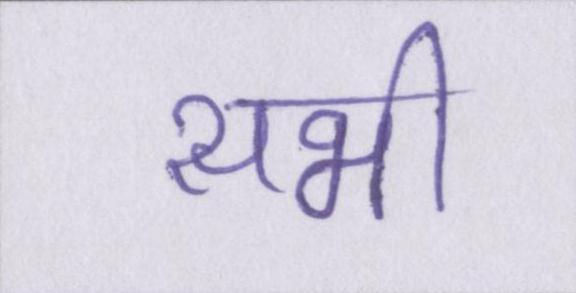
सभी